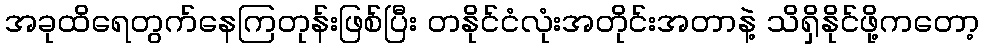
အခုထိရေတွက်နေကြတုန်းဖြစ်ပြီး တနိုင်ငံလုံးအတိုင်းအတာနဲ့ သိရှိနိုင်ဖို့ကတော့